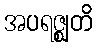
အပရဇ္ဈတိ